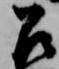
召